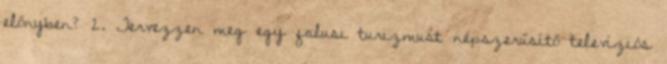
előnyben? 2. Tervezzen meg egy falusi turizmust népszerűsítő televíziós